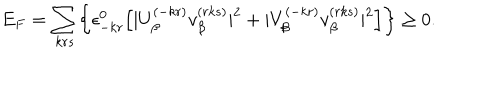
E _ { F } = \sum _ { k r s } \biggl \{ \epsilon _ { - k r } ^ { 0 } \Bigl [ | U _ { \beta } ^ { ( - k r ) } v _ { \beta } ^ { ( r k s ) } | ^ { 2 } + | V _ { \beta } ^ { ( - k r ) } v _ { \beta } ^ { ( r k s ) } | ^ { 2 } \Bigr ] \biggr \} \geq 0 .